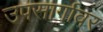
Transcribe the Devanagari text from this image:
उपसार्गावर